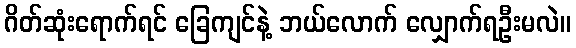
ဂိတ်ဆုံးရောက်ရင် ခြေကျင်နဲ့ ဘယ်လောက် လျှောက်ရဦးမလဲ။